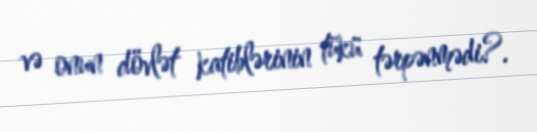
və onun dövlət katiblərinin tükü tərpənmədi?.